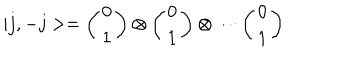
| j , - j > = \left( \begin{array} { c } { { 0 } } \\ { { 1 } } \\ \end{array} \right) \otimes \left( \begin{array} { c } { { 0 } } \\ { { 1 } } \\ \end{array} \right) \otimes \cdots \left( \begin{array} { c } { { 0 } } \\ { { 1 } } \\ \end{array} \right)